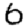
Digit: 6